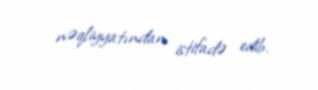
nəqliyyatından istifadə edib.